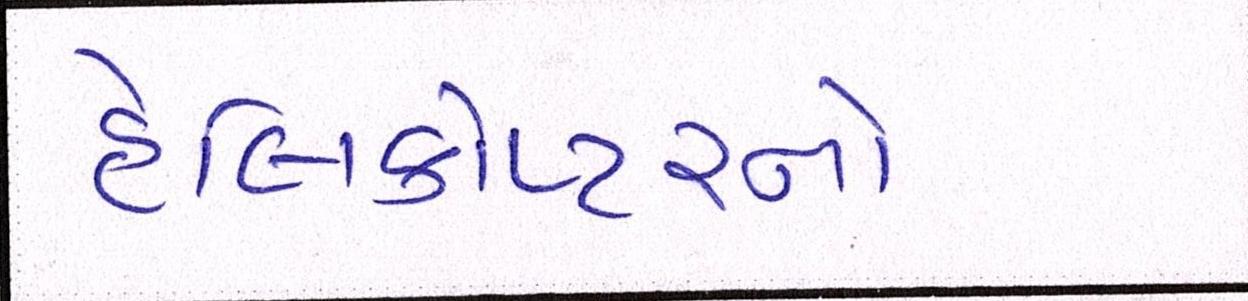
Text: હેલિકોપ્ટરનો